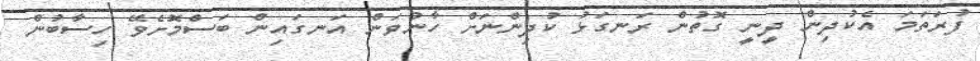
ފުރަތަމަ އެކުދިން ދީނީ ގޮތުން ރަނގަޅު ކުދިންނަށް ހާނުވަން އަނގައިން ބަސްމޮށެވޭ ހިސާބުން